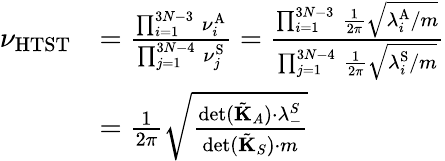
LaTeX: \begin{array}{rl}{\nu_{\mathrm{HTST}}}&{=\frac{\prod_{i=1}^{3N-3}\, \nu_{i}^{\mathrm{A}}}{\prod_{j=1}^{3N-4}\, \nu_{j}^{\mathrm{S}}}=\frac{\prod_{i=1}^{3N-3}\, \frac{1}{2\pi}\sqrt{\lambda_{i}^{\mathrm{A}}/m}}{\prod_{j=1}^{3N-4}\, \frac{1}{2\pi}\sqrt{\lambda_{i}^{\mathrm{S}}/m}}}\\ &{=\frac{1}{2\pi}\sqrt{\frac{\operatorname*{det}(\tilde{\mathbf{K}}_{A})\cdot\lambda_{-}^{S}}{\operatorname*{det}(\tilde{\mathbf{K}}_{S})\cdot m}}}\end{array}